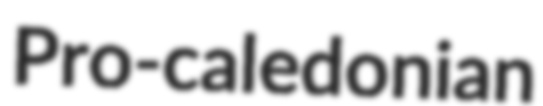
Pro-caledonian